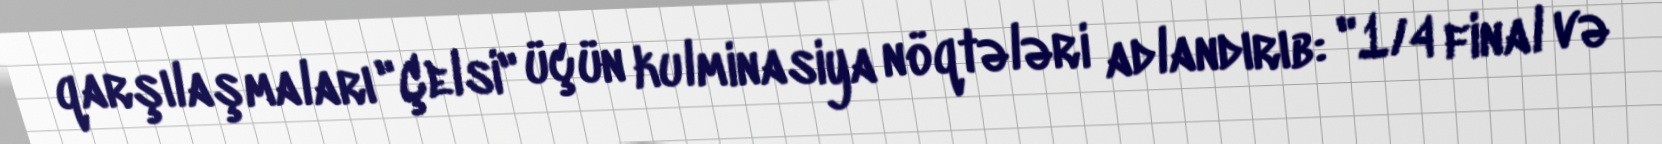
qarşılaşmaları "Çelsi" üçün kulminasiya nöqtələri adlandırıb: "1/4 final və